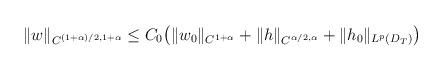
LaTeX: \begin{align*}\begin{aligned}\|w\|_{C^{(1+\alpha)/2,1+\alpha}}\leq C_0\big(\|w_0\|_{C^{1+\alpha}}+\|h\|_{C^{\alpha/2,\alpha}}+\|h_0\|_{L^{p}(D_T)}\big)\end{aligned}\end{align*}